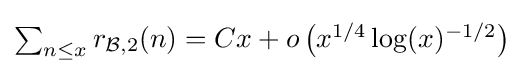
\textstyle {\sum _{n\leq x}r_{{\mathcal {B}},2}(n)=Cx+o\left(x^{1/4}\log(x)^{-1/2}\right)}